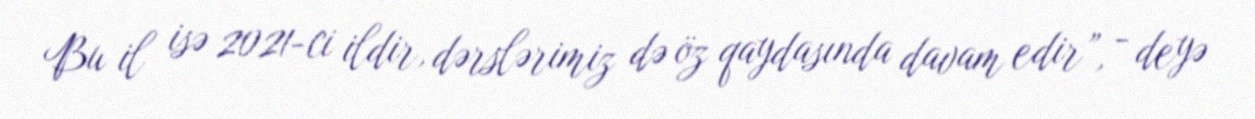
Bu il isə 2021-ci ildir, dərslərimiz də öz qaydasında davam edir”, - deyə